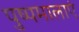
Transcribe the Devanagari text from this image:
पुष्पमालाएं